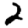
Digit: 2